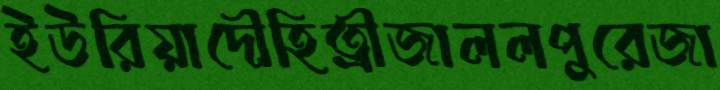
ইউরিয়াদৌহিত্রীজাললপুরেজা